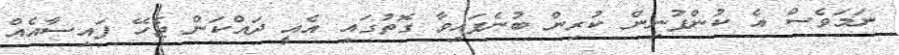
ނަމަވެސް އެ ކުންފުނިން ކުރިން ބުނެފައިވާ ގޮތުގައި އެއީ ދައްކަން ޖެހޭ ފައިސާއެއް